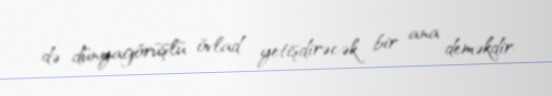
də dünyagörüşlü övlad yetişdirəcək bir ana deməkdir.